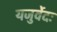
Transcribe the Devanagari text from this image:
यजुर्वेदः